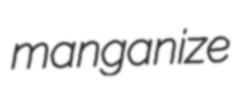
manganize